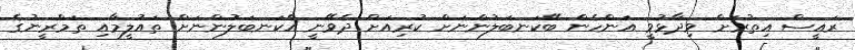
ރައީސް އިތުރަށް ވިދާޅުވީ އަންހެން ބޭކަނބަލުންނަށް ކުރިއަށް ދެވޭނީ އެކަނބަލުންނަށް ތައުލީމާއި ތަމްރީނުގެ